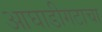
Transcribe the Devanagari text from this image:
आघाडीगटाचा